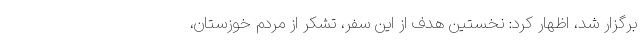
برگزار شد، اظهار کرد: نخستین هدف از این سفر، تشکر از مردم خوزستان،